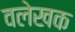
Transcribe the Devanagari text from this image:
वलेखक